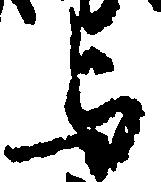
与